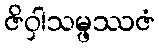
ဇိဝှါသမ္ဖဿဇံ